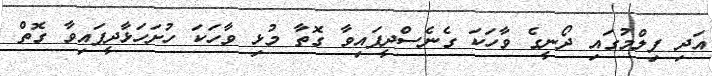
އަދި ފިލްމުގައި ދޯނީގެ ވާހަކަ ގެނެސްދީފައިވާ ގޮތާ މުޅި ވާހަކަ ހުށަހަޅާދީފައިވާ ގޮތް